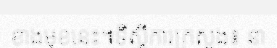
ខាងមុខនេះ៕ទីស្តីការក្រសួង៖ នា